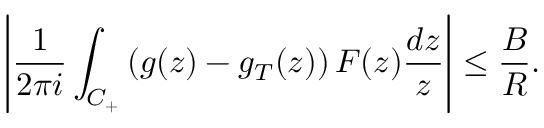
\left| { \frac { 1 } { 2 \pi i } } \int _ { C _ { + } } \left( g ( z ) - g _ { T } ( z ) \right) F ( z ) { \frac { d z } { z } } \right| \leq { \frac { B } { R } } .